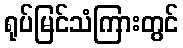
ရုပ်မြင်သံကြားတွင်